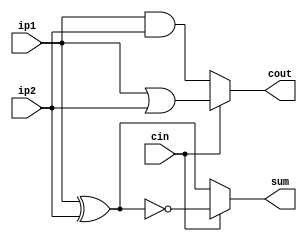
module fullAdder(sum,cout,ip1,ip2,cin);
	//1 bit adder
	input ip1,ip2,cin;
	output cout,sum;
	reg cout,sum;
	always@(ip1 or ip2 or cin)
		begin
			if(cin==0)
			begin
				sum= ip1 ^ ip2;
				cout= ip1 & ip2; 
			end
			else
			begin
				sum=~(ip1^ip2);
				cout=(ip1|ip2);
			end
		end
endmodule